Lunatic asylums Punjab 1868-1880 - 1868-1880
Year: 1868
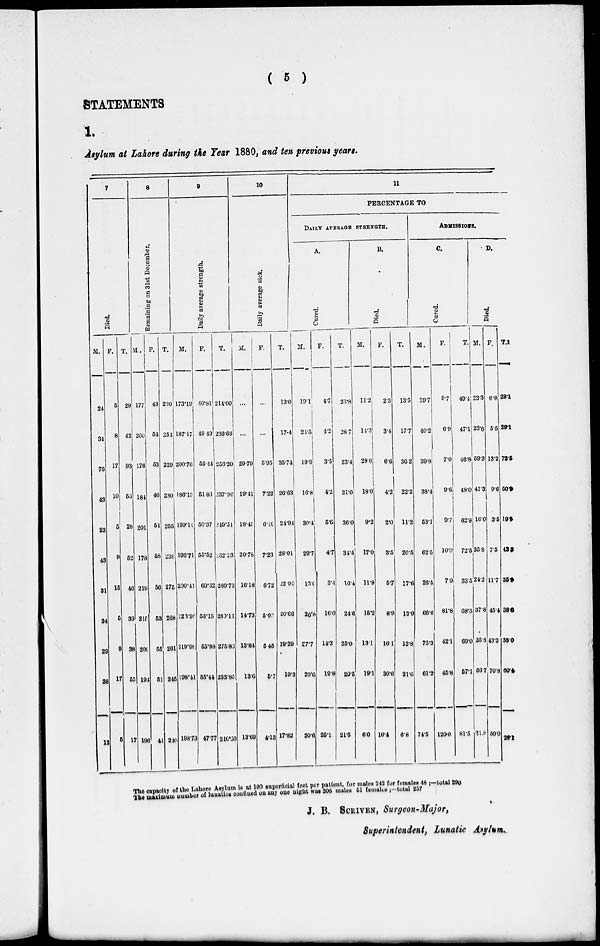
( 5 )
STATEMENTS
1.
Asylum at Lahore during the Year 1880, and ten previous years.
7
Died.
M.
24
34
76
43
23
43
31
34
29
38
12
F.
5
8
17
10
5
9
15
6
9
17
5
T.
29
42
93
53
28
52
46
39
38
55
17
8
Remaining on 31st December.
M.
177
200
176
184
201
178
219
215
206
104
196
F.
43
54
53
46
61
58
60
53
55
51
44
T.
220
254
220
230
255
236
275
268
261
245
240
9
Daily average strength.
M.
173.19
187.17
200.76
186.13
109.14
196.71
200.41
223.96
219.98
198.41
198.73
F.
40.81
49.49
55.44
51.83
50.37
55.52
60.32
58.15
55.88
55.44
47.77
T.
214.00
236.68
253.20
237.96
240.51
252.23
260.73
280.11
275.86
253.85
246.50
10
Daily average sick.
M.
...
...
29.79
19.41
18.45
20.78
16.18
14.73
13.84
13.0
13.69
F.
...
...
5.95
7.22
6.49
7.23
6.72
5.93
5.45
5.7
4.13
T.
13.0
17.4
35.74
26.63
24.94
28.01
22.90
20.66
19.29
19.3
17.82
11
PERCENTAGE TO
DAILY AVERAGE STRENGTH.
A.
Cured.
M.
19.1
24.5
19.9
16.8
30.4
29.7
13.6
26.8
27.7
20.6
20.6
F.
4.7
4.2
3.5
4.2
5.6
4.7
3.4
16.0
14.3
19.8
25.1
T.
23.8
28.7
23.4
21.0
36.0
34.4
16.4
24.6
25.0
20.5
21.5
B.
Died.
M.
11.2
14.3
29.6
18.0
9.2
17.0
11.9
15.2
13.1
19.1
6.0
F.
2.3
3.4
6.6
4.2
2.0
3.5
5.7
8.9
16.1
30.6
10.4
T.
13.5
17.7
36 2
22.2
11.2
20.5
17.6
13.9
13.8
21.6
6.8
ADMISSIONS.
C.
Cured.
M.
39.7
40.2
39.8
38.4
53.1
62.5
26.5
66.6
75.3
61.2
74.5
F.
9.7
6.9
7.0
9.6
9.7
10.0
7.0
81.8
42.1
46.8
120.0
T
49.4
47.1
46.8
48.0
62.8
72.5
33.5
68.3
69.0
57.1
81.5
D.
Died.
M.
23.3
23.6
59.3
41.3
16.0
35.8
24.2
37.8
35.8
56.7
21.8
F.
6.8
5.5
13.2
9.6
3.5
7.5
11.7
45.4
43.3
70.8
50.0
T.
28.1
29.1
72.5
50.9
19.5
43.3
35.9
38.0
38.0
60.4
20.1
The capacity of the Lahore Asylum is at 100 superficial feet per patient, for males 242 for females 48 ;—total 290
The maximum number of lunatics confined on any one night was 206 males 51 females ;—total 257
J. B. SCRIVEN, Surgeon-Major,
Superintendent, Lunatic Asylum.